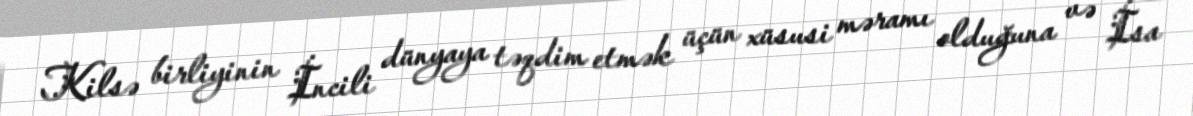
Kilsə birliyinin İncili dünyaya təqdim etmək üçün xüsusi məramı olduğuna və İsa